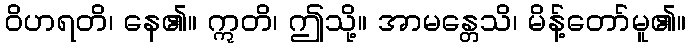
ဝိဟရတိ၊ နေ၏။ ဣတိ၊ ဤသို့။ အာမန္တေသိ၊ မိန့်တော်မူ၏။